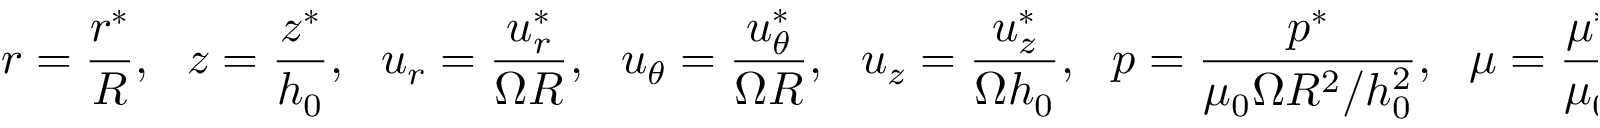
r = \frac { r ^ { * } } { R } , ~ ~ ~ z = \frac { z ^ { * } } { h _ { 0 } } , ~ ~ ~ u _ { r } = \frac { u _ { r } ^ { * } } { \Omega R } , ~ ~ ~ u _ { \theta } = \frac { u _ { \theta } ^ { * } } { \Omega R } , ~ ~ ~ u _ { z } = \frac { u _ { z } ^ { * } } { \Omega h _ { 0 } } , ~ ~ ~ p = \frac { p ^ { * } } { \mu _ { 0 } \Omega R ^ { 2 } / h _ { 0 } ^ { 2 } } , ~ ~ ~ \mu = \frac { \mu ^ { * } } { \mu _ { 0 } } , ~ ~ ~ \mathrm { ~ a ~ n ~ d ~ } ~ ~ ~ t = \Omega t ^ { * } ,